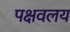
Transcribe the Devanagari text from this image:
पक्षवलय